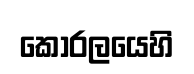
කෝරලයෙහි